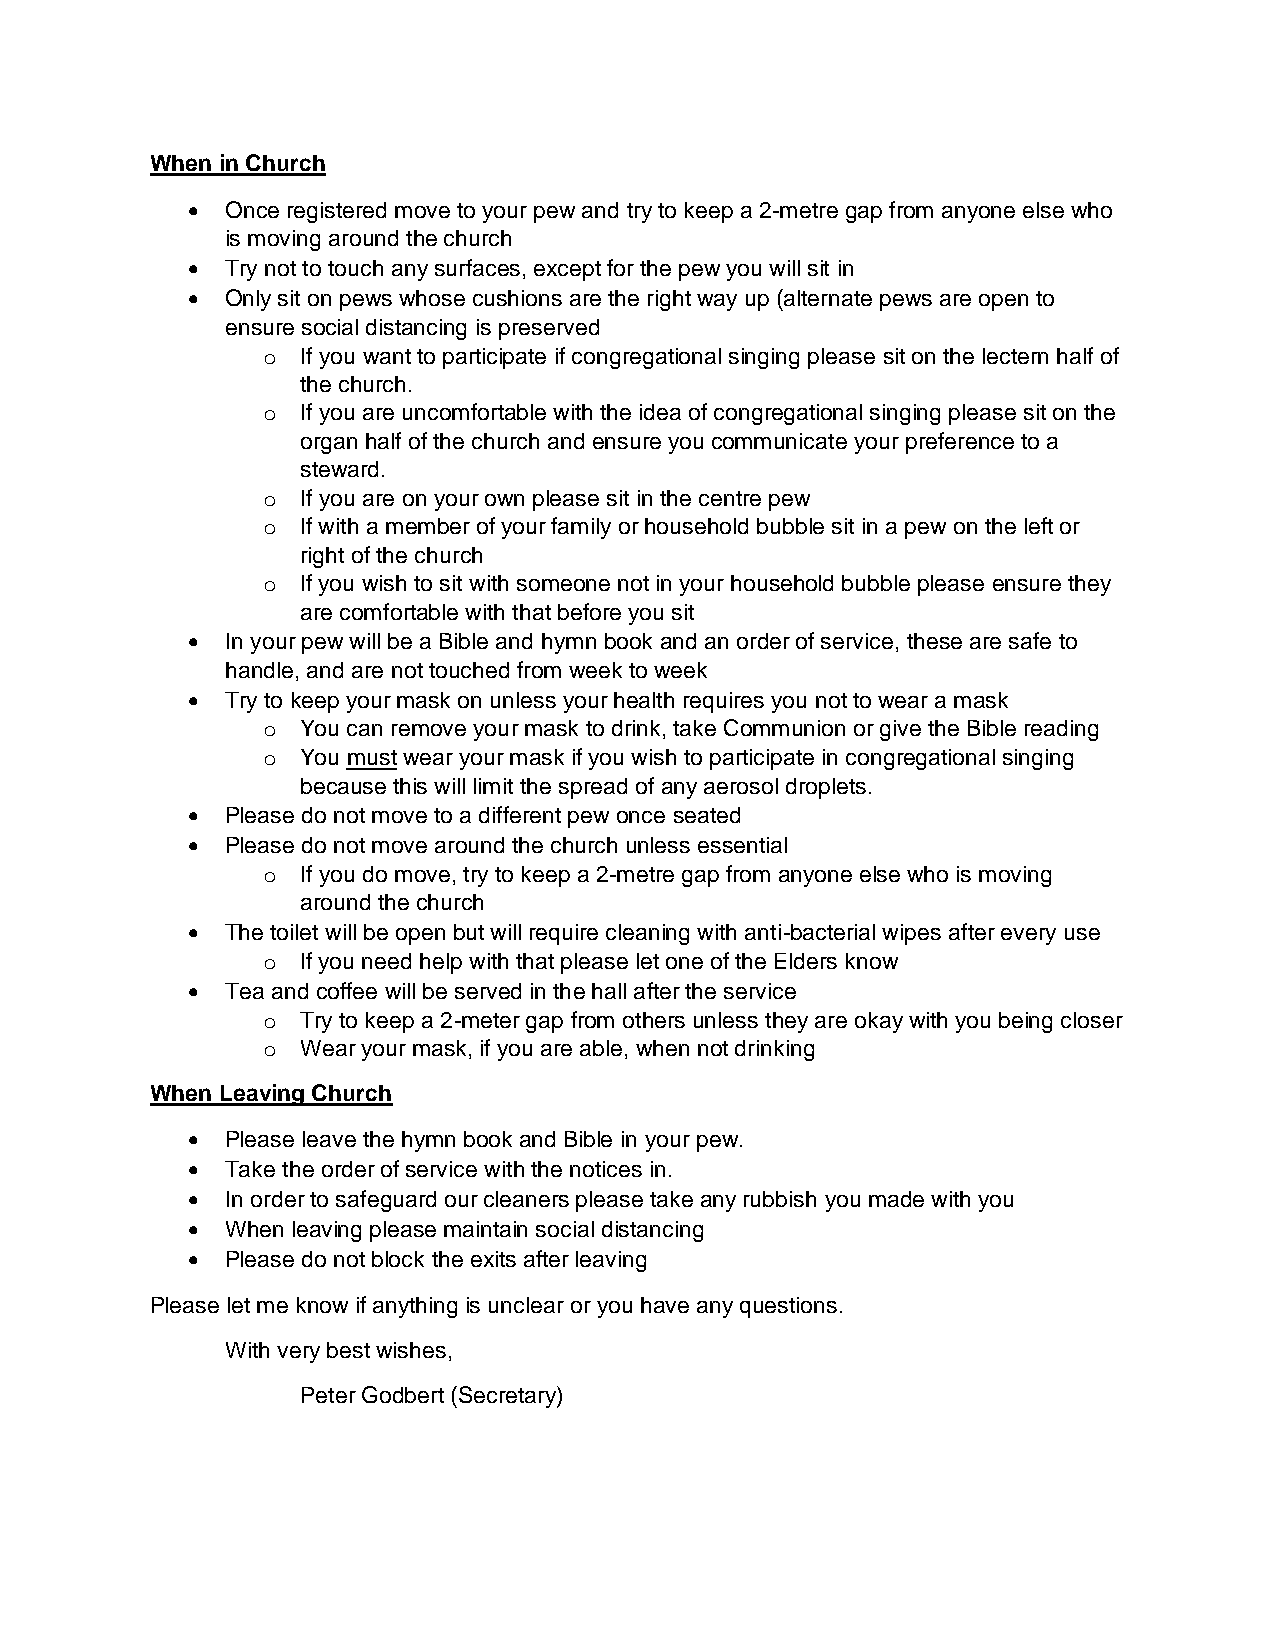
When in Church
   Once registered move to your pew and try to keep a 2-metre gap from anyone else who
 is moving around the church
   Try not to touch any surfaces, except for the pew you will sit in
   Only sit on pews whose cushions are the right way up (alternate pews are open to
 ensure social distancing is preserved
 o  If you want to participate if congregational singing please sit on the lectern half of
 the church.
 o  If you are uncomfortable with the idea of congregational singing please sit on the
 organ half of the church and ensure you communicate your preference to a
 steward.
 o  If you are on your own please sit in the centre pew
 o  If with a member of your family or household bubble sit in a pew on the left or
 right of the church
 o  If you wish to sit with someone not in your household bubble please ensure they
 are comfortable with that before you sit
   In your pew will be a Bible and hymn book and an order of service, these are safe to
 handle, and are not touched from week to week
   Try to keep your mask on unless your health requires you not to wear a mask
 o  You can remove your mask to drink, take Communion or give the Bible reading
 o  You must wear your mask if you wish to participate in congregational singing
 because this will limit the spread of any aerosol droplets.
   Please do not move to a different pew once seated
   Please do not move around the church unless essential
 o  If you do move, try to keep a 2-metre gap from anyone else who is moving
 around the church
   The toilet will be open but will require cleaning with anti-bacterial wipes after every use
 o  If you need help with that please let one of the Elders know
   Tea and coffee will be served in the hall after the service
 o  Try to keep a 2-meter gap from others unless they are okay with you being closer
 o  Wear your mask, if you are able, when not drinking
 When Leaving Church
   Please leave the hymn book and Bible in your pew.
   Take the order of service with the notices in.
   In order to safeguard our cleaners please take any rubbish you made with you
   When leaving please maintain social distancing
   Please do not block the exits after leaving
 Please let me know if anything is unclear or you have any questions.
 With very best wishes,
 Peter Godbert (Secretary)